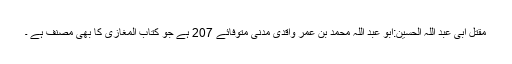
مقتل ابی عبد اللہ الحسین:ابو عبد اللہ محمد بن عمر واقدی مدنی متوفائے 207 ہے جو کتاب المغازی کا بھی مصنف ہے ۔